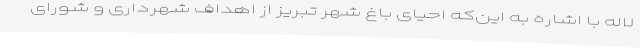
لاله با اشاره به این‌که احیای باغ شهر تبریز از اهداف شهرداری و شورای